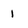
Character: I